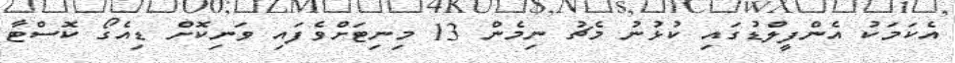
އެކަމަކު އެންފީލްޑުގައި ކުޅުނު މެޗު ނިމެން 13 މިނިޓަށްވެފައި ވަނިކޮށް ޑިއެގޯ ކޮސްޓާ